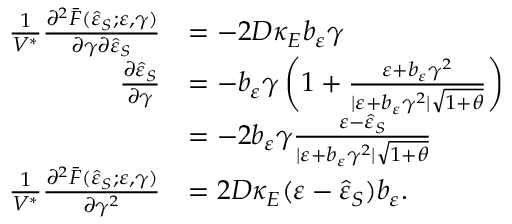
\begin{array} { r l } { \frac { 1 } { V ^ { \ast } } \frac { \partial ^ { 2 } \bar { F } ( \hat { \varepsilon } _ { S } ; \varepsilon , \gamma ) } { \partial \gamma \partial \hat { \varepsilon } _ { S } } } & { = - 2 D \kappa _ { E } b _ { \varepsilon } \gamma } \\ { \frac { \partial \hat { \varepsilon } _ { S } } { \partial \gamma } } & { = - b _ { \varepsilon } \gamma \left( 1 + \frac { \varepsilon + b _ { \varepsilon } \gamma ^ { 2 } } { \vert \varepsilon + b _ { \varepsilon } \gamma ^ { 2 } \vert \sqrt { 1 + \theta } } \right) } \\ & { = - 2 b _ { \varepsilon } \gamma \frac { \varepsilon - \hat { \varepsilon } _ { S } } { \vert \varepsilon + b _ { \varepsilon } \gamma ^ { 2 } \vert \sqrt { 1 + \theta } } } \\ { \frac { 1 } { V ^ { \ast } } \frac { \partial ^ { 2 } \bar { F } ( \hat { \varepsilon } _ { S } ; \varepsilon , \gamma ) } { \partial \gamma ^ { 2 } } } & { = 2 D \kappa _ { E } ( \varepsilon - \hat { \varepsilon } _ { S } ) b _ { \varepsilon } . } \end{array}